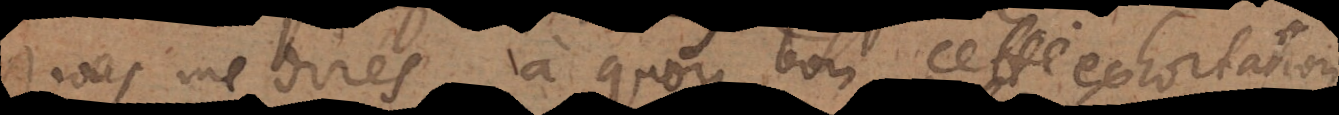
Vous me dirés à quoy bon cette exhortation,